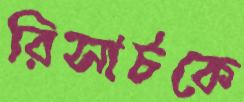
রিসার্চকে